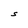
Character: S